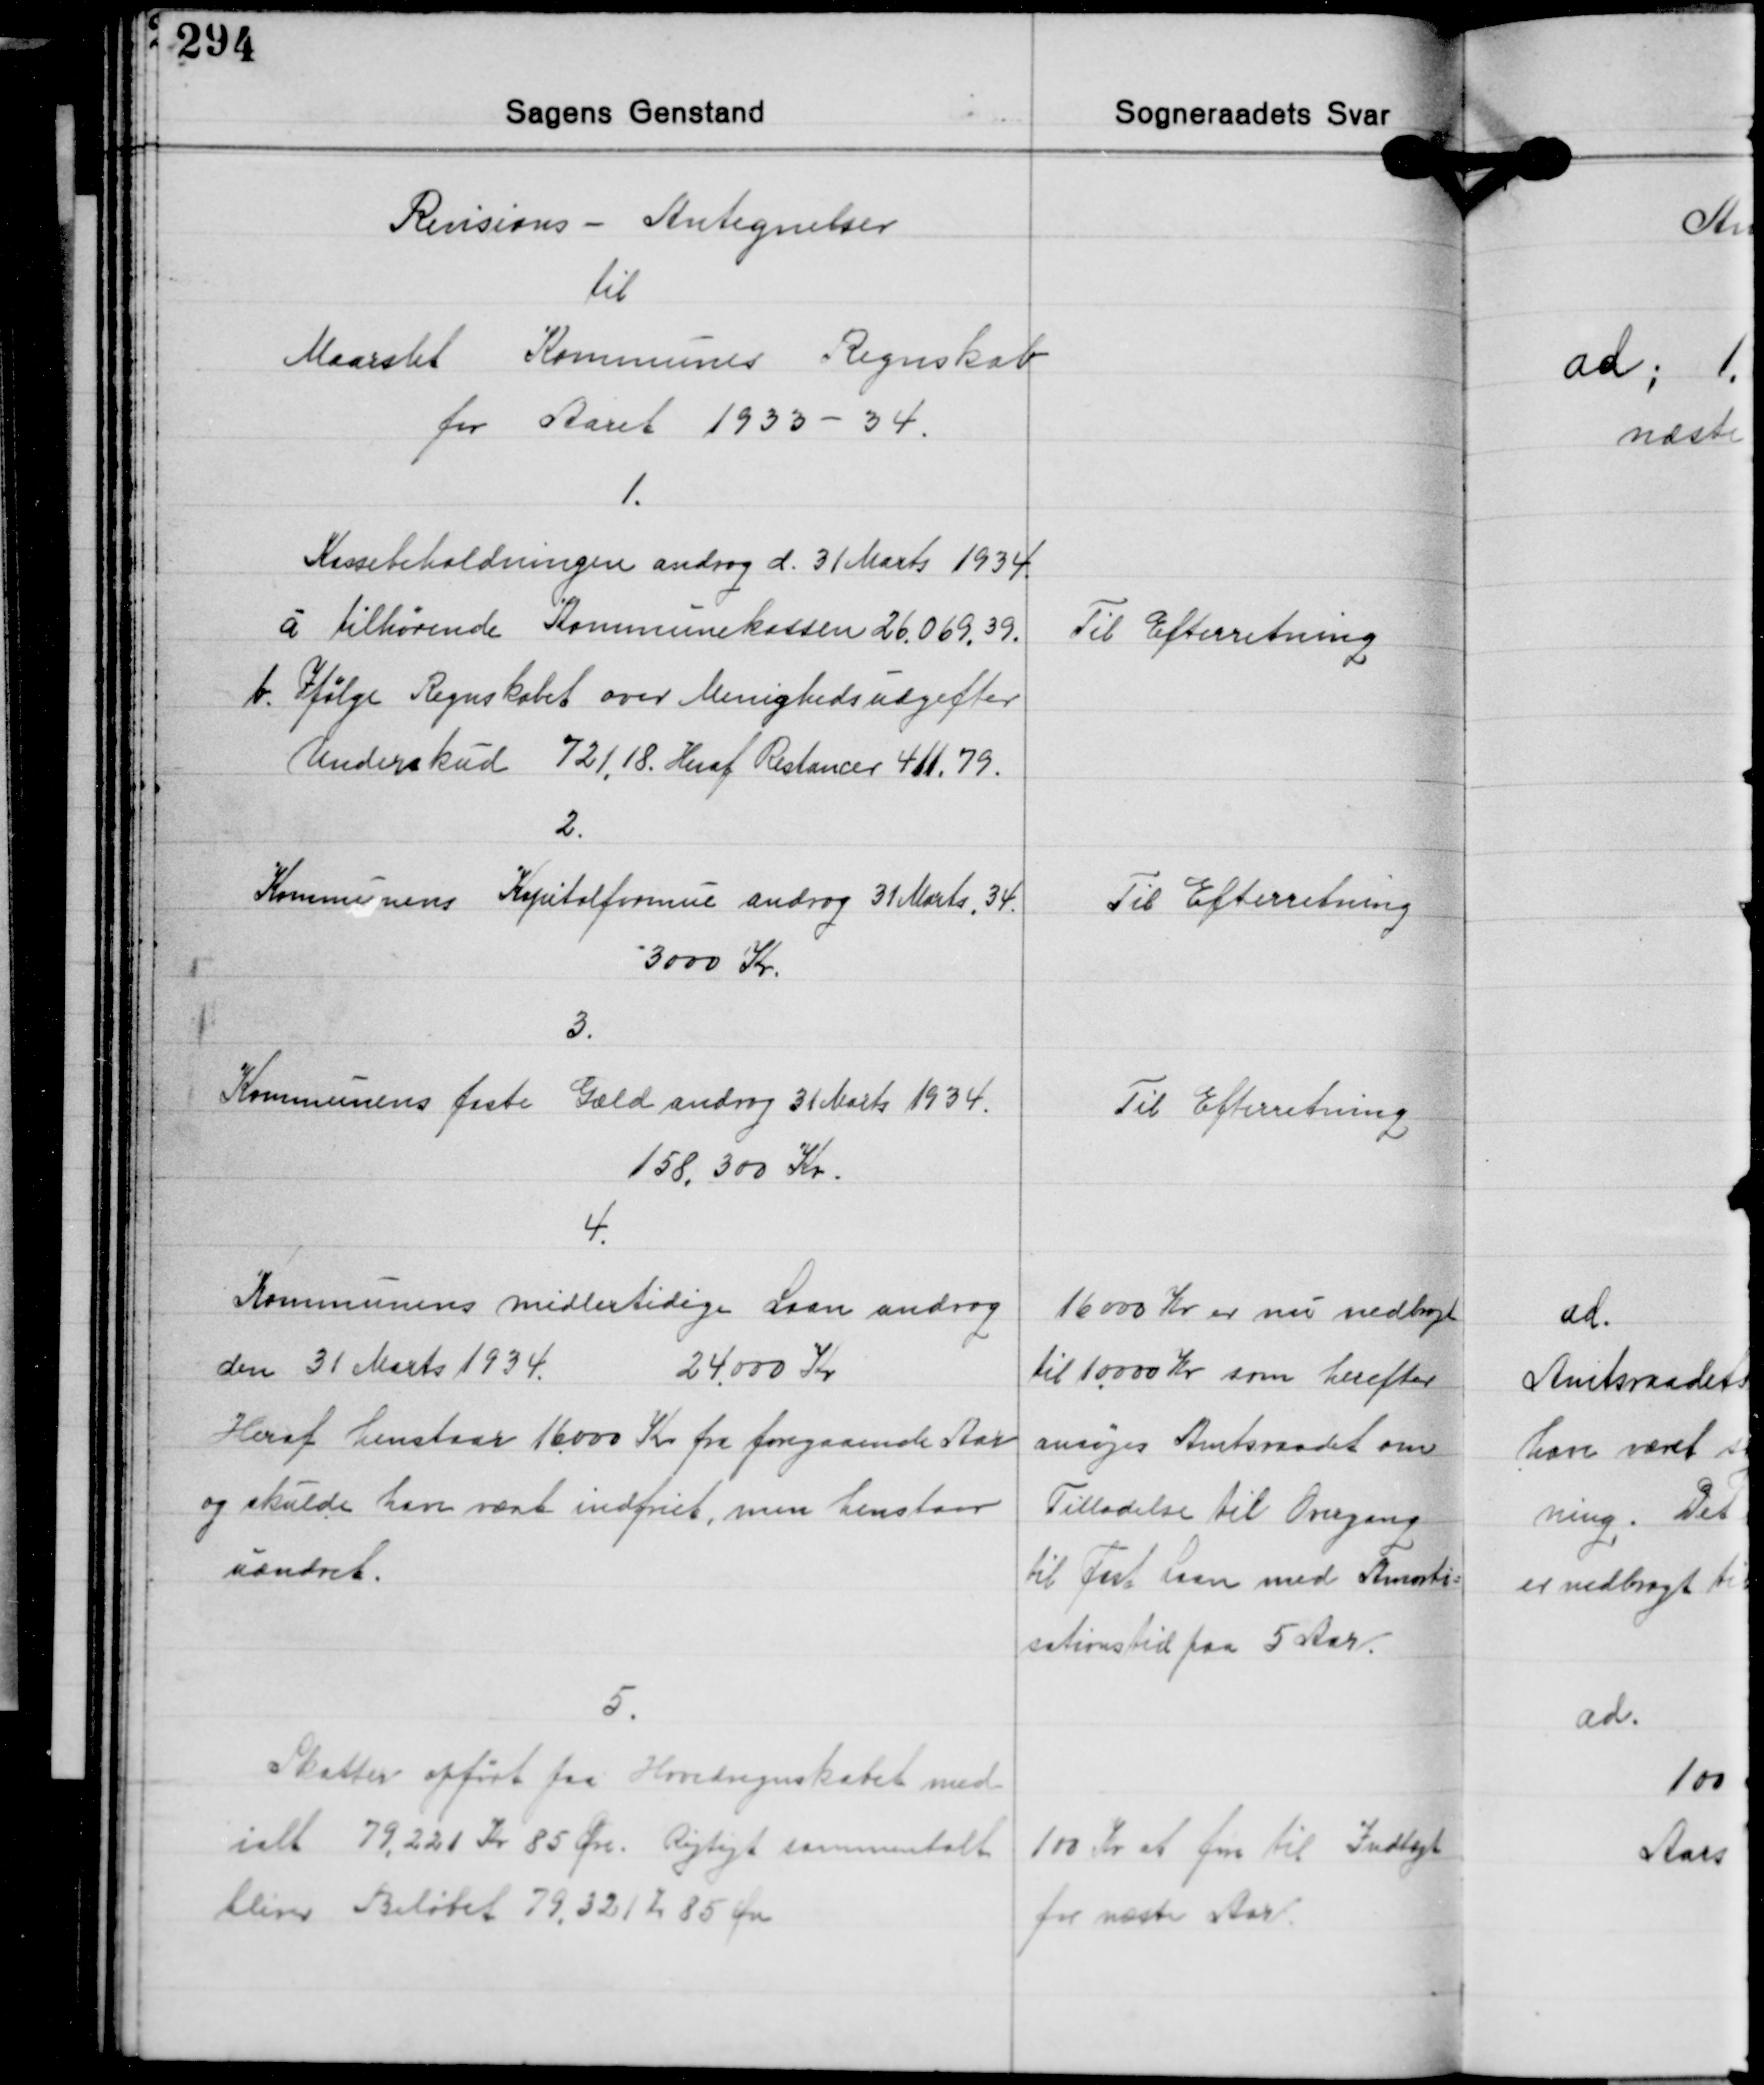
Transskription:
Revisions - Antegnelser
til
Maarslet Kommunes Regnskab
for Aaret 1933-34.

1.
Kassebeholdningen androg d. 31 Marts 1934
a. tilhørende Kommunekassen 26.069,39.
b. Ifølge Regnskabet over Menighedsudgifter
Underskud 721,18. Heraf Restancer 411,79.

Til Efterretning

2.
Kommunens Kapitalformue androg 31 Marts 34.
3000 Kr.

Til Efterretning

3.
Kommunens faste Gæld androg 31 Marts 1934.
158.300 Kr.

Til Efterretning

4.
Kommunens midlertidige Laan androg
den 31 Marts 1934 24.000 Kr.
Heraf henstaar 16.000 Kr. fra foregaaende Aar
og skulde have været indfriet, men henstaar
uændret.

16.000 Kr. er nu nedbagt
til 10.000 Kr. som herefter
ansøges Amtsraadet om
Tilladelse til Overgang
til Fast Laan med Amorti-
sationstid paa 5 Aar.

5.
Skatter ofført paa Hovedregnskabet med
ialt 79.220 Kr. 85 Øre. Rigtigt sammentalt
bliver Beløbet 79.321 Kr. 85 Øre

100 Kr. at føre til Indtægt
for næste Aar.